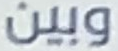
وبين